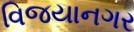
વિજયાનગર